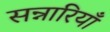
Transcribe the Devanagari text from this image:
सन्नारियाँ